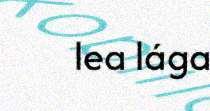
lea lága